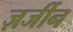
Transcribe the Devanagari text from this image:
ज़र्जीन